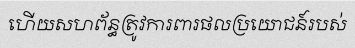
ហើយសហព័ន្ធត្រូវការពារផលប្រយោជន៍របស់